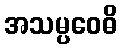
အသမ္ပဝေဓိ